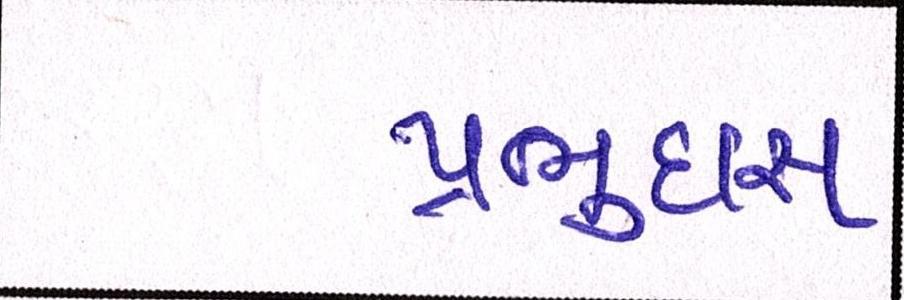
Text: પ્રભુદાસ